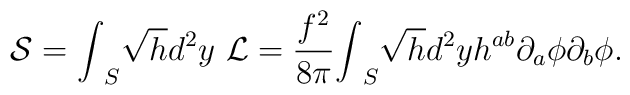
{\cal S}={\int}_S \sqrt{h}d^2y~ {\cal L}=\frac{f^2}{8{\pi}}{\int}_S \sqrt{h}d^2y h^{ab} {\partial}_a{\phi} {\partial}_b{\phi}.